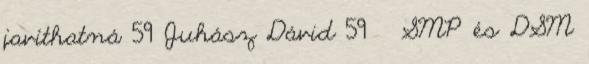
javíthatná 59 Juhász Dávid 59 SMP és DSM